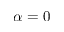
\alpha = 0